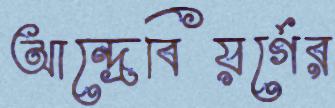
আন্দ্রেবিয়র্গের